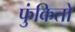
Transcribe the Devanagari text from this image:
फुंकितो